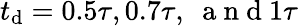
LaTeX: t_{\mathrm{d}}=0.5\tau,0.7\tau,\ \mathrm{{~a~n~\mathrm{d}~}}1\tau